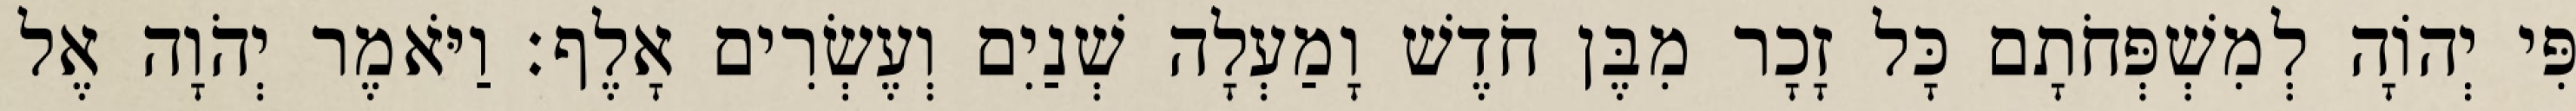
פִּי יְהוָֹה לְמִשְׁפְּחֹתָם כָּל זָכָר מִבֶּן חֹדֶשׁ וָמַעְלָה שְׁנַיִם וְעֶשְׂרִים אָלֶף׃ וַיֹּאמֶר יְהֹוָה אֶל